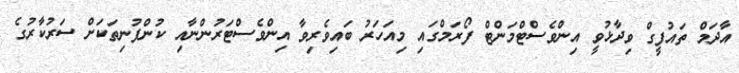
އާދަމް ތައުފީގް ވިދާޅުވީ އިންވެސްޓްމަންޓް ފޯރަމްގައި މިއަހަރު ބައިވެރިވާ އިންވެސްޓަރުންނާއި ކުންފުނިތަކަށް ސަރުކާރުގެ